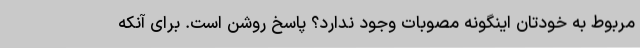
مربوط به خودتان اینگونه مصوبات وجود ندارد؟ پاسخ روشن است. برای آنکه